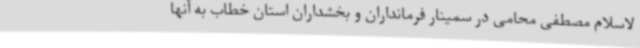
لاسلام مصطفی محامی در سمینار فرمانداران و بخشداران استان خطاب به آنها